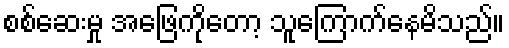
စစ်ဆေးမှု အဖြေကိုတော့ သူကြောက်နေမိသည်။